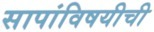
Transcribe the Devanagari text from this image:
सापांविषयीची